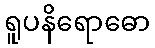
ရူပနိရောဓော